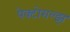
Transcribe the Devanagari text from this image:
पेक्टोराल्झ